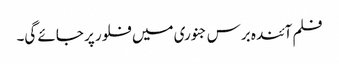
فلم آئندہ برس جنوری میں فلور پر جائے گی۔